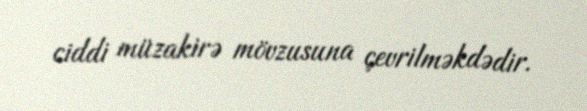
ciddi müzakirə mövzusuna çevrilməkdədir.